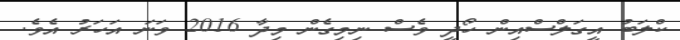
ކްލަބު އީގަލްސްއިން ހޯދީ ވެސް ނިމިގެން މިދާ 2016 ވަނަ އަހަރު އެވެ.